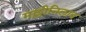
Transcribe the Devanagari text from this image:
मल्लीनिलाव